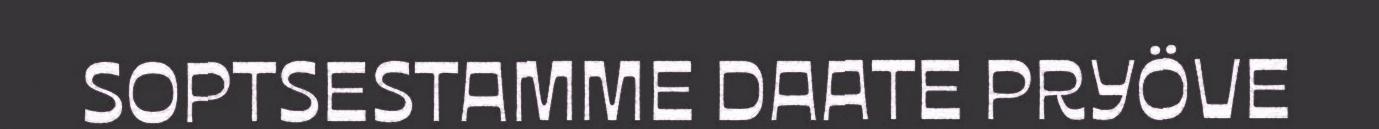
SOPTSESTAMME DAATE PRYÖVE